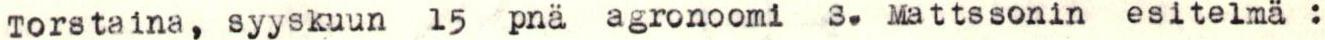
Torstaina, syyskuun 15 pnä agronoomi S. Mattssonin esitelmä :